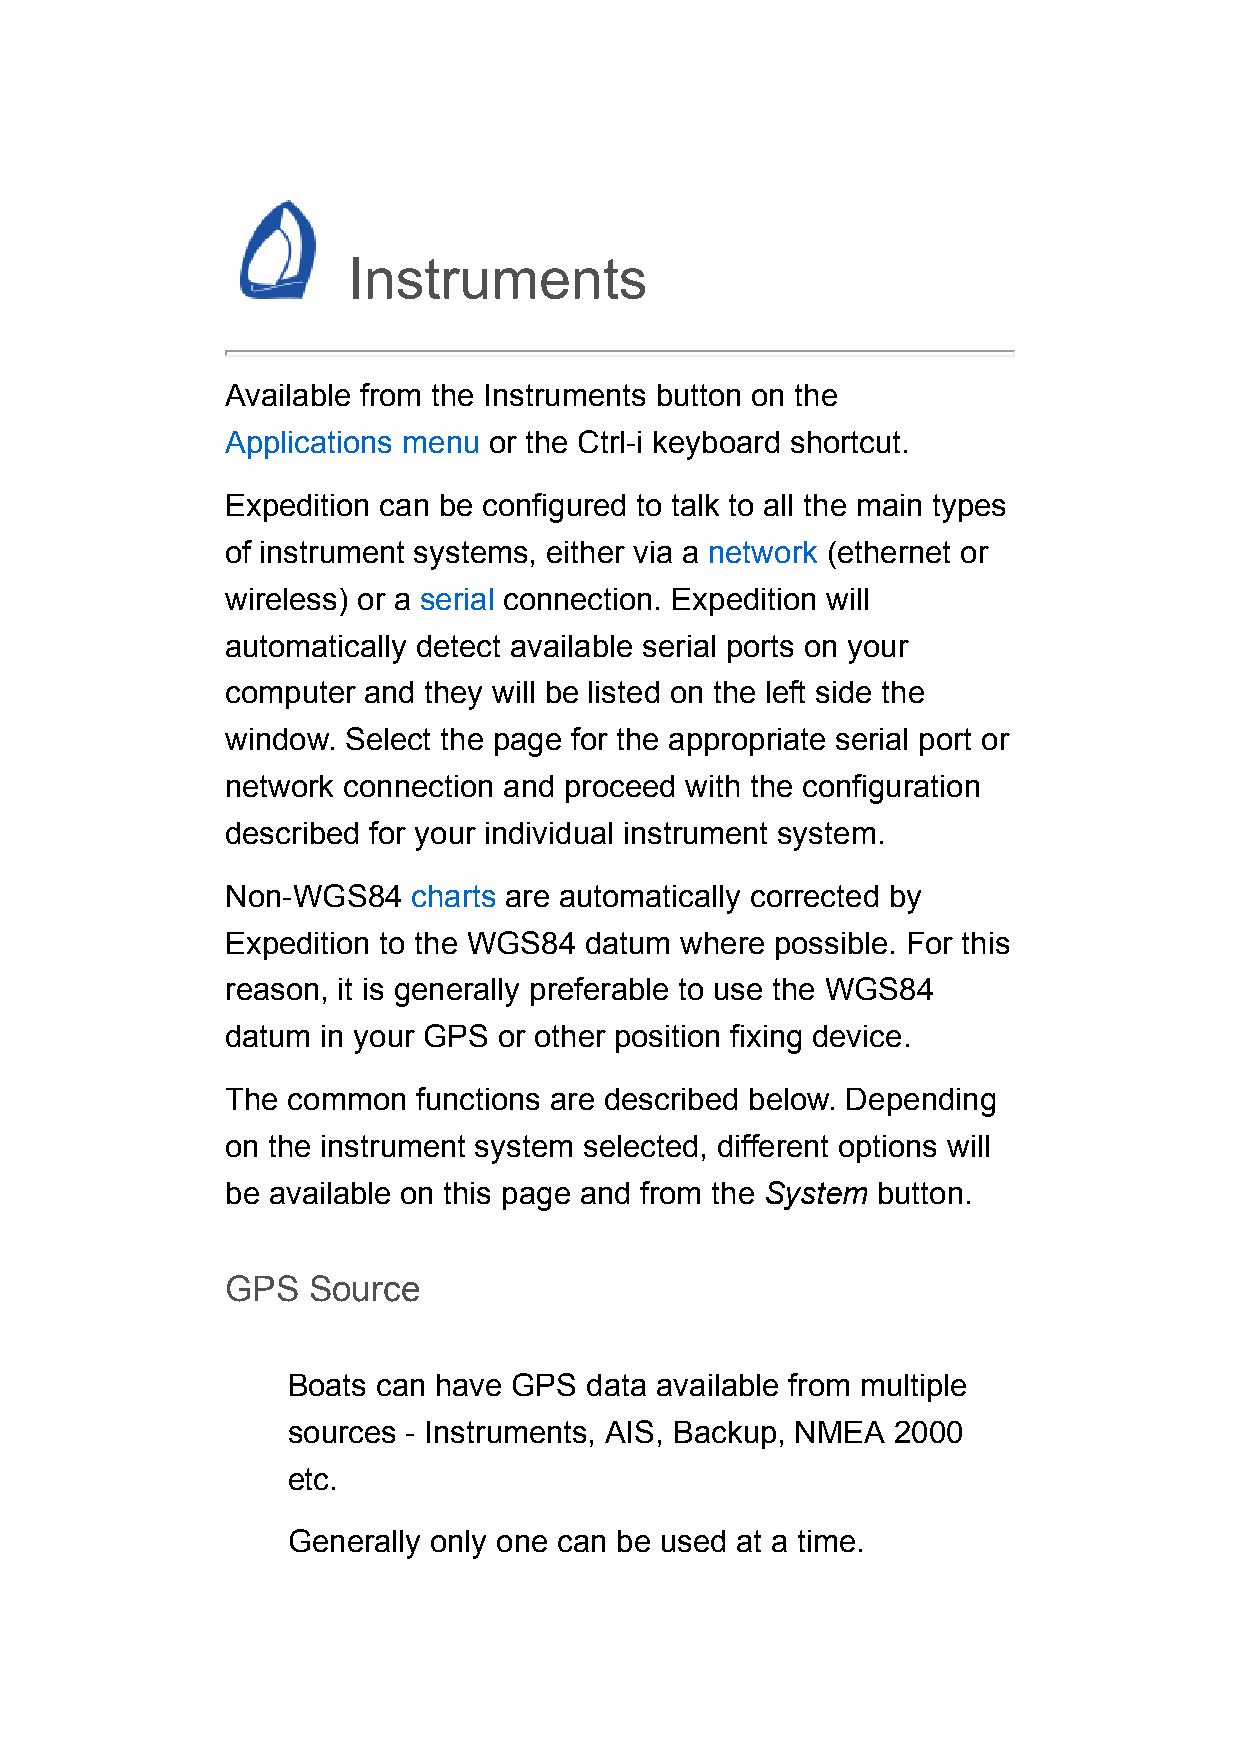
Instruments
 Available from the Instruments button on the
 Applications menu or the Ctrl-i keyboard shortcut.
 Expedition can be configured to talk to all the main types
 of instrument systems, either via a network (ethernet or
 wireless) or a serial connection. Expedition will
 automatically detect available serial ports on your
 computer and they will be listed on the left side the
 window. Select the page for the appropriate serial port or
 network connection and proceed with the configuration
 described for your individual instrument system.
 Non-WGS84   charts are automatically corrected by
 Expedition to the WGS84 datum where possible. For this
 reason, it is generally preferable to use the WGS84
 datum in your GPS or other position fixing device.
 The common   functions are described below. Depending
 on the instrument system selected, different options will
 be available on this page and from the System button.
 GPS  Source
 Boats can have GPS  data available from multiple
 sources - Instruments, AIS, Backup, NMEA 2000
 etc.
 Generally only one can be used at a time.